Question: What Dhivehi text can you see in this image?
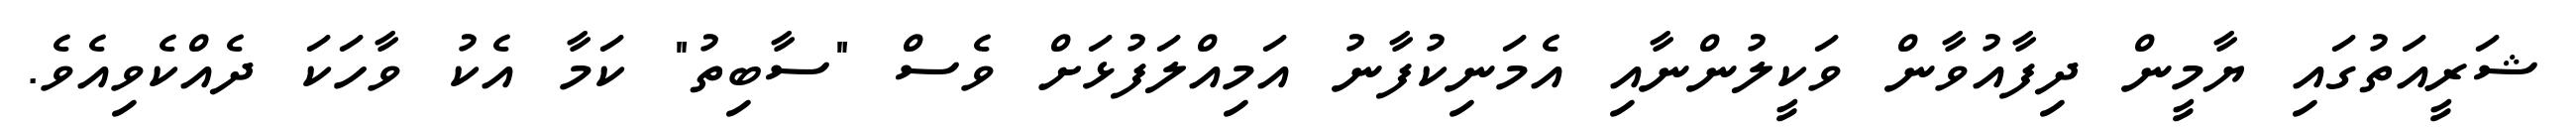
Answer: ޝަރީއަތުގައި ޔާމީން ދިފާއުވާން ވަކީލުންނާއި އެމަނިކުފާނު އަމިއްލަފުޅަށް ވެސް "ސާބިތު" ކަމާ އެކު ވާހަކަ ދެއްކެވިއެވެ.